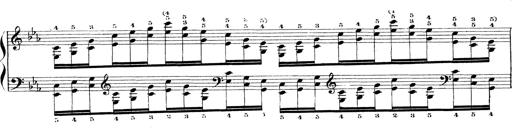
Title: Technische Studien
Composer: Franz Liszt